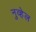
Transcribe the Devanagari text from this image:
नुव्हेल